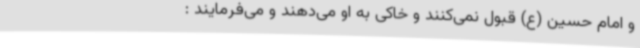
و امام حسین (ع) قبول نمی‌کنند و خاکی به او می‌دهند و می‌فرمایند :